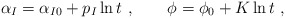
\begin{align*}\alpha_I = \alpha_{I0} + p_I \ln t \ , \qquad \phi = \phi_0 + K \ln t \ ,\end{align*}